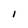
Character: l